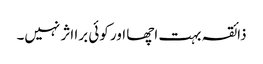
ذائقہ بہت اچھا اور کوئی برا اثر نہیں۔